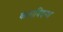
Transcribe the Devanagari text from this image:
कलाविदग्ध